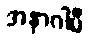
အနာဂါမီ